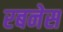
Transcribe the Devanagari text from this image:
रबनेस